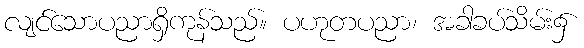
လျင်သောပညာရှိကုန်သည်။ ပဟုတပညာ၊ အခါခပ်သိမ်း၌